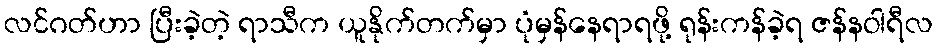
လင်ဂတ်ဟာ ပြီးခဲ့တဲ့ ရာသီက ယူနိုက်တက်မှာ ပုံမှန်နေရာရဖို့ ရုန်းကန်ခဲ့ရ ဇန်နဝါရီလ